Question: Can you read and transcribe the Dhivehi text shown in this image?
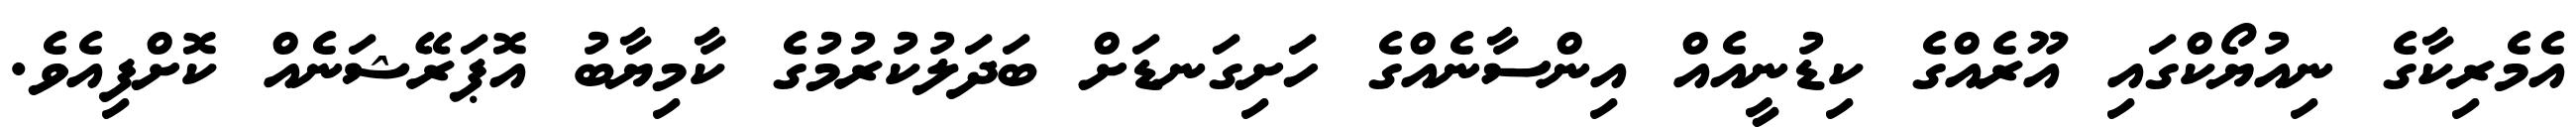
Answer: އެމެރިކާގެ ނިއުޔޯކްގައި އޫރެއްގެ ކިޑުނީއެއް އިންސާނެއްގެ ހަށިގަނޑަށް ބަދަލުކުރުމުގެ ކާމިޔާބު އޮޕަރޭޝަނެއް ކޮށްފިއެވެ.